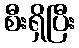
စီးရှိပြီး